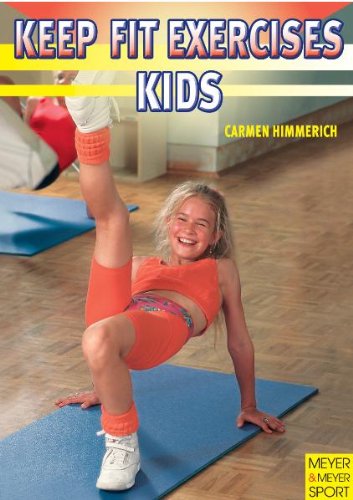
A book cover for Keep-Fit Exercises for Kids; Carmen Himmerich; Teen & Young Adult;